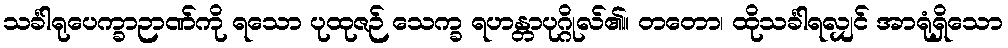
သင်္ခါရုပေက္ခာဉာဏ်ကို ရသော ပုထုဇဉ် သေက္ခ ရဟန္တာပုဂ္ဂိုလ်၏။ တတော၊ ထိုသင်္ခါရလျှင် အာရုံရှိသော